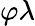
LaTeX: \varphi\lambda